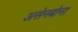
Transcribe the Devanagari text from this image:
असेनबोना